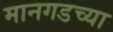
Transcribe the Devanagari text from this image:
मानगडच्या